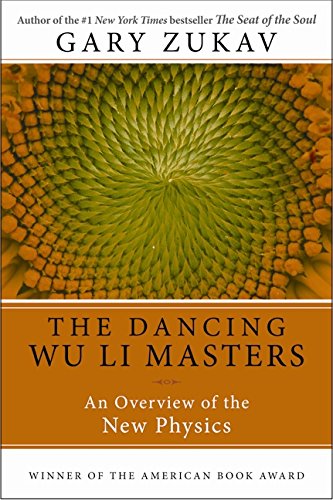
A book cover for Dancing Wu Li Masters: An Overview of the New Physics; Gary Zukav; Science & Math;